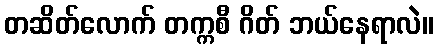
တဆိတ်လောက် တက္ကစီ ဂိတ် ဘယ်နေရာလဲ။